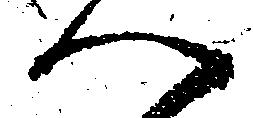
へ